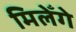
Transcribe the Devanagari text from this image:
मिलेँगे